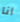
أنا